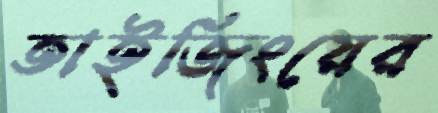
তাইজিংয়ের